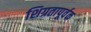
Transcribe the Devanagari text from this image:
शिग्रतापूर्वक